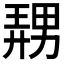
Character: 𪟤